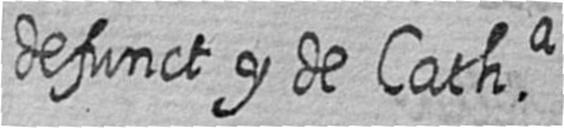
defunct y de Catha